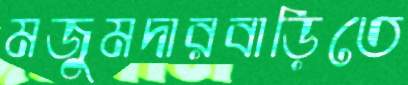
মজুমদারবাড়িতে